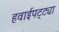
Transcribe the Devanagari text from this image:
हवाईपट्ट्या